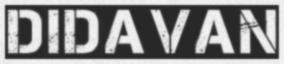
DIDAVAN